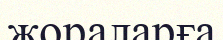
жораларға